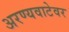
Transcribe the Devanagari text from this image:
अरण्यवाटेवर